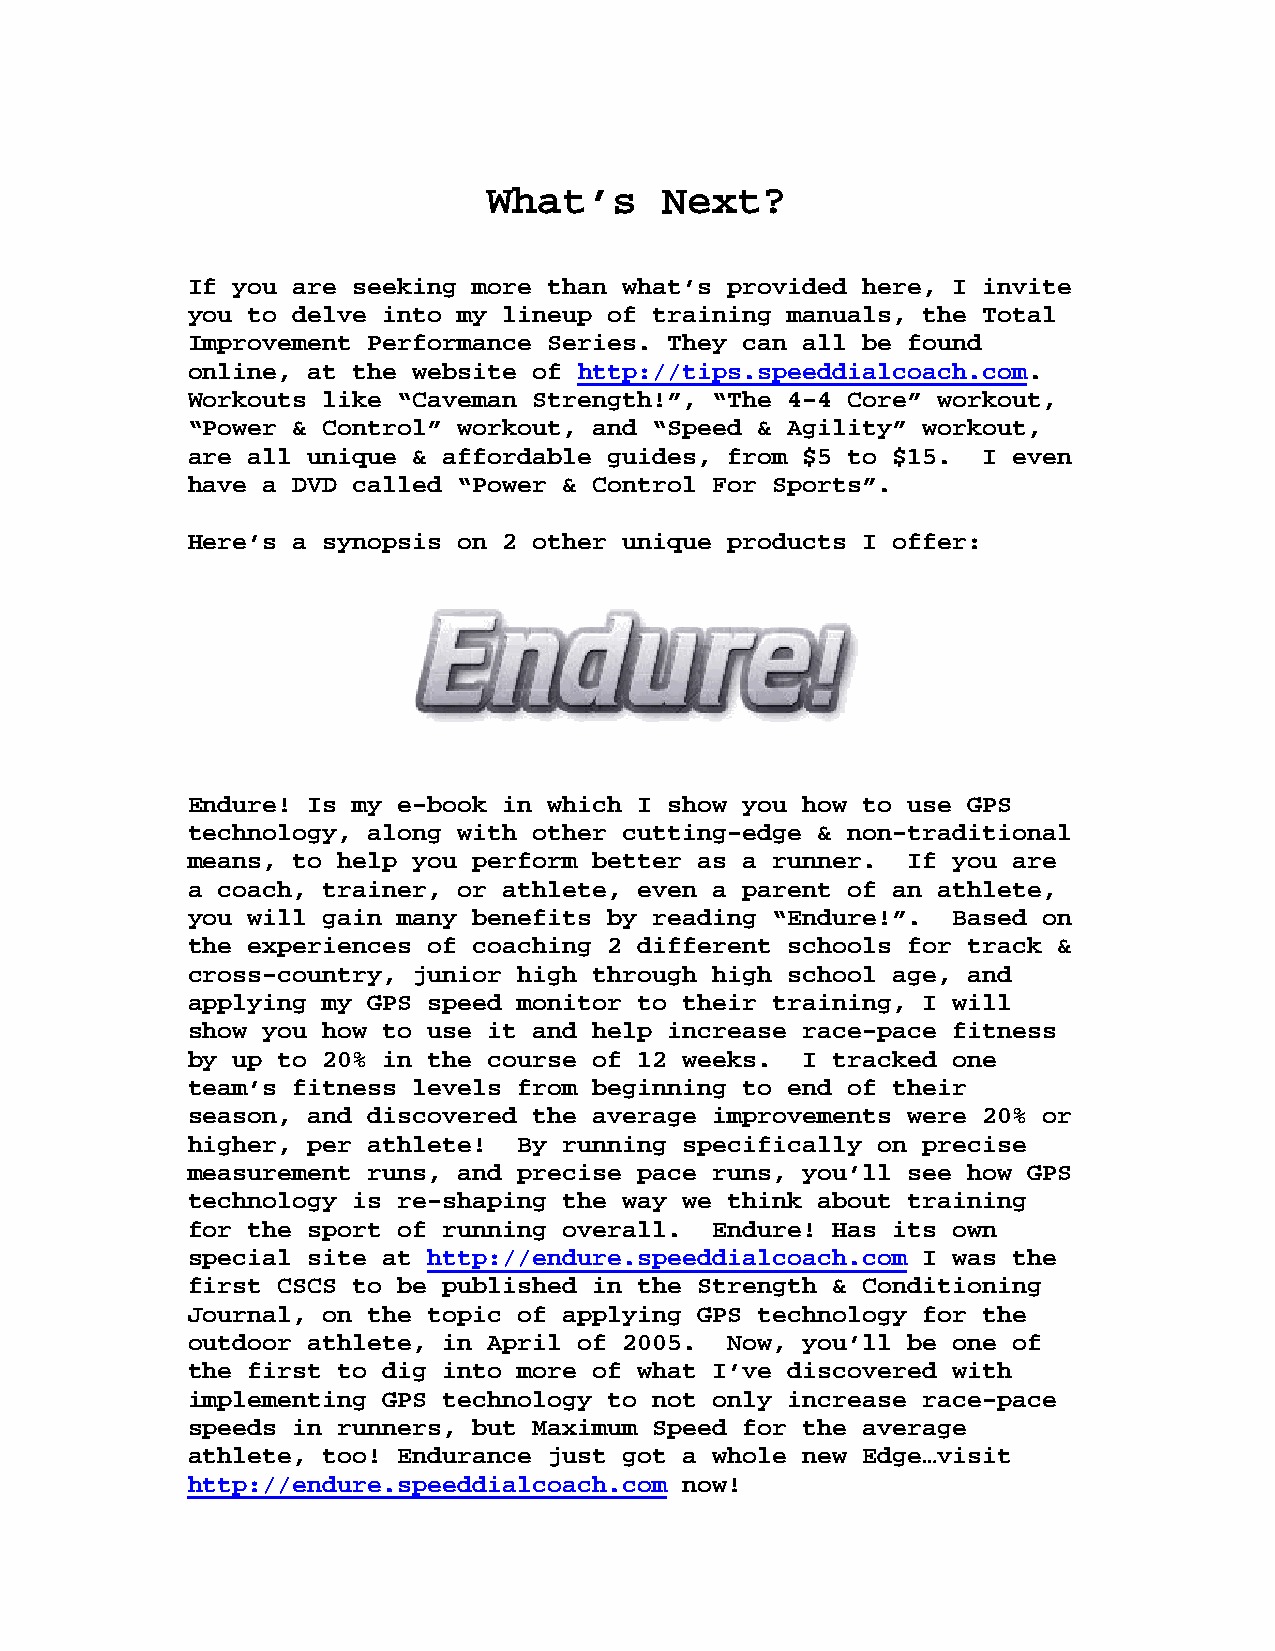
What’s      Next?
 If you are seeking more than what’s provided here, I invite
 you to delve into my lineup of training manuals, the Total
 Improvement Performance Series. They can all be found
 online, at the website of http://tips.speeddialcoach.com.
 Workouts like “Caveman Strength!”, “The 4-4 Core” workout,
 “Power & Control” workout, and “Speed & Agility” workout,
 are all unique & affordable guides, from $5 to $15.  I even
 have a DVD called “Power & Control For Sports”.
 Here’s a synopsis on 2 other unique products I offer:
 Endure! Is my e-book in which I show you how to use GPS
 technology, along with other cutting-edge & non-traditional
 means, to help you perform better as a runner.  If you are
 a coach, trainer, or athlete, even a parent of an athlete,
 you will gain many benefits by reading “Endure!”.  Based on
 the experiences of coaching 2 different schools for track &
 cross-country, junior high through high school age, and
 applying my GPS speed monitor to their training, I will
 show you how to use it and help increase race-pace fitness
 by up to 20% in the course of 12 weeks.  I tracked one
 team’s fitness levels from beginning to end of their
 season, and discovered the average improvements were 20% or
 higher, per athlete!  By running specifically on precise
 measurement runs, and precise pace runs, you’ll see how GPS
 technology is re-shaping the way we think about training
 for the sport of running overall.  Endure! Has its own
 special site at http://endure.speeddialcoach.com I was the
 first CSCS to be published in the Strength & Conditioning
 Journal, on the topic of applying GPS technology for the
 outdoor athlete, in April of 2005.  Now, you’ll be one of
 the first to dig into more of what I’ve discovered with
 implementing GPS technology to not only increase race-pace
 speeds in runners, but Maximum Speed for the average
 athlete, too! Endurance just got a whole new Edge…visit
 http://endure.speeddialcoach.com now!